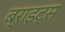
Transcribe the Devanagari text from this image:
ब्राइट्स